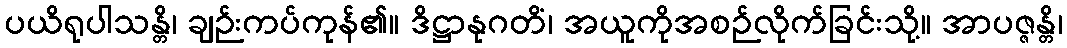
ပယိရုပါသန္တိ၊ ချဉ်းကပ်ကုန်၏။ ဒိဋ္ဌာနုဂတိံ၊ အယူကိုအစဉ်လိုက်ခြင်းသို့။ အာပဇ္ဇန္တိ၊